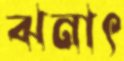
ঝনাৎ